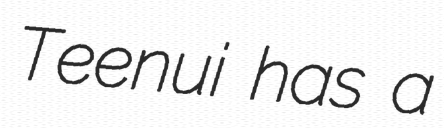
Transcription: Teenui has a